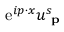
\mathrm { e } ^ { i p \cdot x } u _ { \textbf { p } } ^ { s }